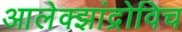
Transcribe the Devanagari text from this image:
आलेक्झांद्रोविच